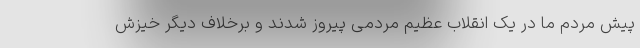
پیش مردم ما در یک انقلاب عظیم مردمی پیروز شدند و برخلاف دیگر خیزش